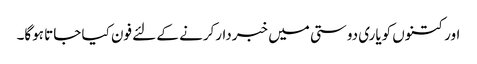
اور کتنوں کویاری دوستی میں خبردار‌کرنے کے لئے فون کیا جاتا ہوگا۔